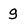
Character: g